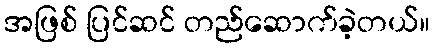
အဖြစ် ပြင်ဆင် တည်ဆောက်ခဲ့တယ်။